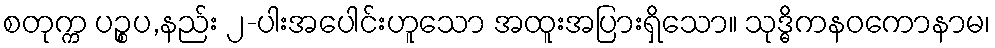
စတုက္က ပဉ္စပ,နည်း ၂-ပါးအပေါင်းဟူသော အထူးအပြားရှိသော။ သုဒ္ဓိကနဝကောနာမ၊